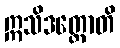
ဣသိဒတ္တောတိ